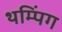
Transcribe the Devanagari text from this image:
थम्पिंग